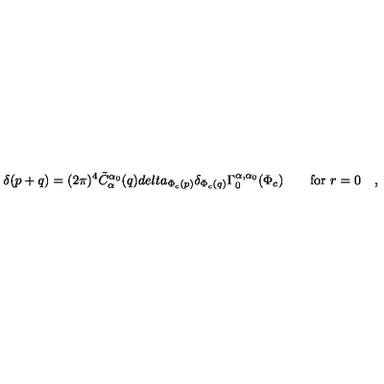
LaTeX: \delta ( p + q ) = ( 2 \pi ) ^ { 4 } \tilde { C } _ { \alpha } ^ { \alpha _ { 0 } } ( q ) d e l t a _ { \Phi _ { c } ( p ) } \delta _ { \Phi _ { c } ( q ) } \Gamma _ { 0 } ^ { \alpha , \alpha _ { 0 } } ( \Phi _ { c } ) \qquad \mathrm { f o r } \ r = 0 \quad ,